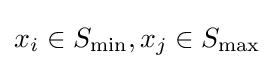
x_{i}\in S_{\min },x_{j}\in S_{\operatorname {max} }